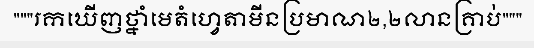
"""រកឃើញថ្នាំមេតំហ្វេតាមីនប្រមាណ២,២លានគ្រាប់"""